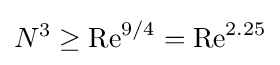
N^{3}\geq \mathrm {Re} ^{9/4}=\mathrm {Re} ^{2.25}